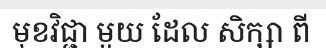
មុខវិជ្ជា មួយ ដែល សិក្សា ពី